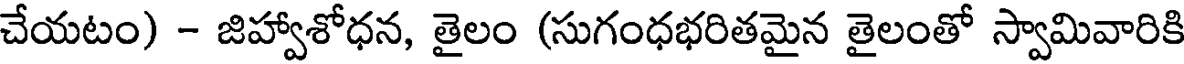
చేయటం) - జిహ్వాశోధన, తైలం (సుగంధభరితమైన తైలంతో స్వామివారికి